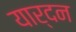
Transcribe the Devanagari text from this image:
यार्दन